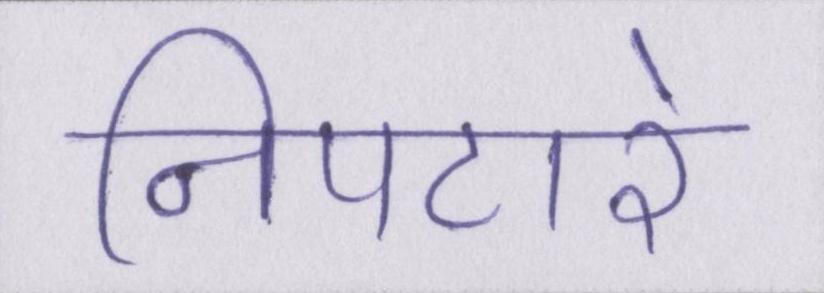
निपटारे